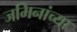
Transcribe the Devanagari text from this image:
जमिनांच्या